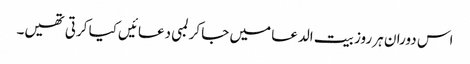
اس دوران ہر روز بیت الدعا میں جا کر لمبی دعائیں کیا کرتی تھیں۔